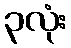
၃လုံး